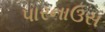
પારનાઉસ